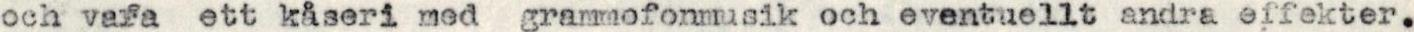
och vara ett kåseri med grammofonmusik och eventuellt andra effekter.